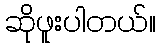
ဆိုဖူးပါတယ်။